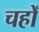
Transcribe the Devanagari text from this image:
चहों